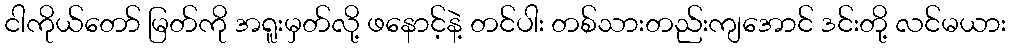
ငါကိုယ်တော် မြတ်ကို အရူးမှတ်လို့ ဖနောင့်နဲ့ တင်ပါး တစ်သားတည်းကျအောင် ဒင်းတို့ လင်မယား